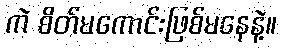
ကဲ စိတ်မကောင်းဖြစ်မနေနဲ့။